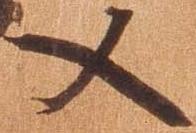
又